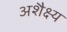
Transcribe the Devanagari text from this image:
अशैक्ष्य